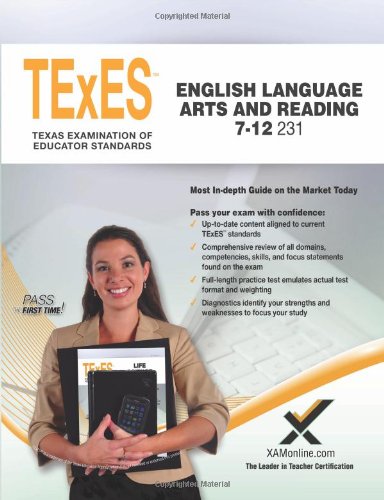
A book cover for TExES English Language Arts and Reading 7-12 231 Teacher Certification Study Guide Test Prep; Sharon A Wynne; Test Preparation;